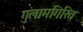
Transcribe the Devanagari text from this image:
गुलामगिरित